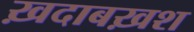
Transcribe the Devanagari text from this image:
ख़दाबख़श